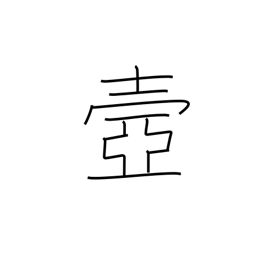
Meaning: palace corridor or passageway